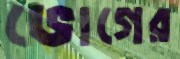
ভোগের